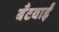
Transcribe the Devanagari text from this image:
बँटवाईं